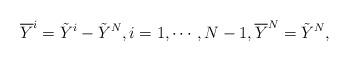
LaTeX: \begin{align*} \overline{Y}^i = \tilde{Y}^i -\tilde{Y}^N, i=1,\cdots, N-1, \overline{Y}^N= \tilde{Y}^N,\end{align*}